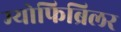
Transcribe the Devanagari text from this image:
म्योफिब्रिलर